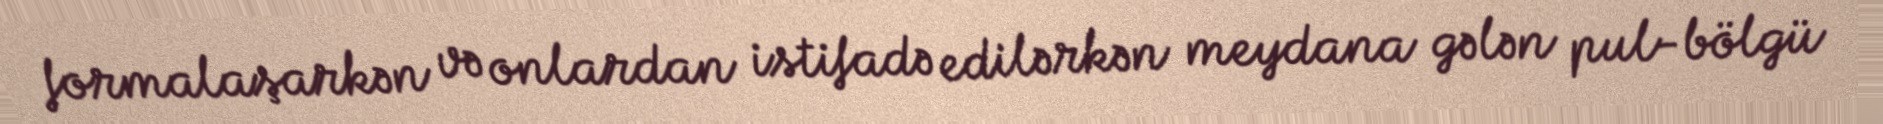
formalaşarkən və onlardan istifadə edilərkən meydana gələn pul-bölgü